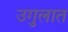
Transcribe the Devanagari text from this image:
उगुलात